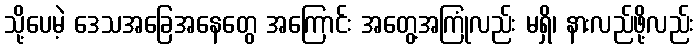
သို့ပေမဲ့ ဒေသအခြေအနေတွေ အကြောင်း အတွေ့အကြုံလည်း မရှိ၊ နားလည်ဖို့လည်း